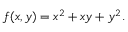
f ( x , y ) = x ^ { 2 } + x y + y ^ { 2 } .